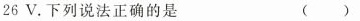
26V.下列说法正确的是 ()